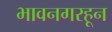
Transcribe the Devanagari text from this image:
भावनगरहून